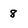
Character: 8